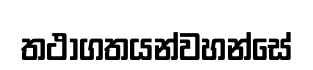
තථාගතයන්වහන්සේ